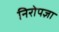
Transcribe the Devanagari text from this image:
निरोपज्ञा